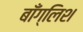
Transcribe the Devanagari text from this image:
बाँग्लिश